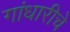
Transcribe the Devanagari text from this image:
गांधारीचे